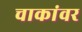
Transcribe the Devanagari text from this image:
चाकांवर